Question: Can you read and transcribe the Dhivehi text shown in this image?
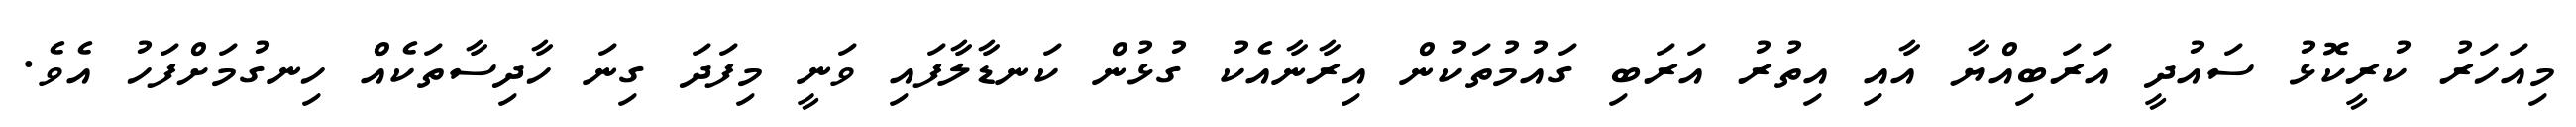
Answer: މިއަހަރު ކުރީކޮޅު ސައުދީ އަރަބިއްޔާ އާއި އިތުރު އަރަބި ގައުމުތަކުން އިރާނާއެކު ގުޅުން ކަނޑާލާފައި ވަނީ މިފަދަ ގިނަ ހާދިސާތަކެއް ހިނގުމަށްފަހު އެވެ.